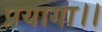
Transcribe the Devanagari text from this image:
प्रयागा।।